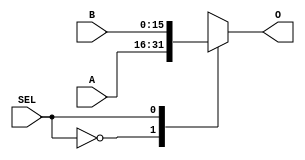
module MUX2WAY16(input[15:0] A, B, input SEL, output reg [15:0] O);

	always @*
	case(SEL)
		1'b0 : O = A;
		1'b1 : O = B;
	endcase
endmodule